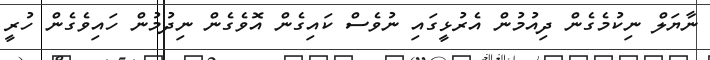
ނާޔަލް ނިކުމެގެން ދިއުމުން އެރުޅީގައި ނުވެސް ކައިގެން އޮވެގެން ނިދުމުން ހައިވެގެން ހުރީ